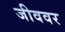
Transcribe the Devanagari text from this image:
जीववर